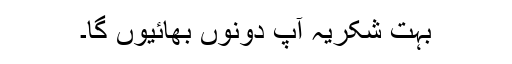
بہت شکریہ آپ دونوں بھائیوں گا۔